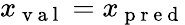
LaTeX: x_{\mathrm{~v~a~l~}}=x_{\mathrm{~p~r~e~d~}}